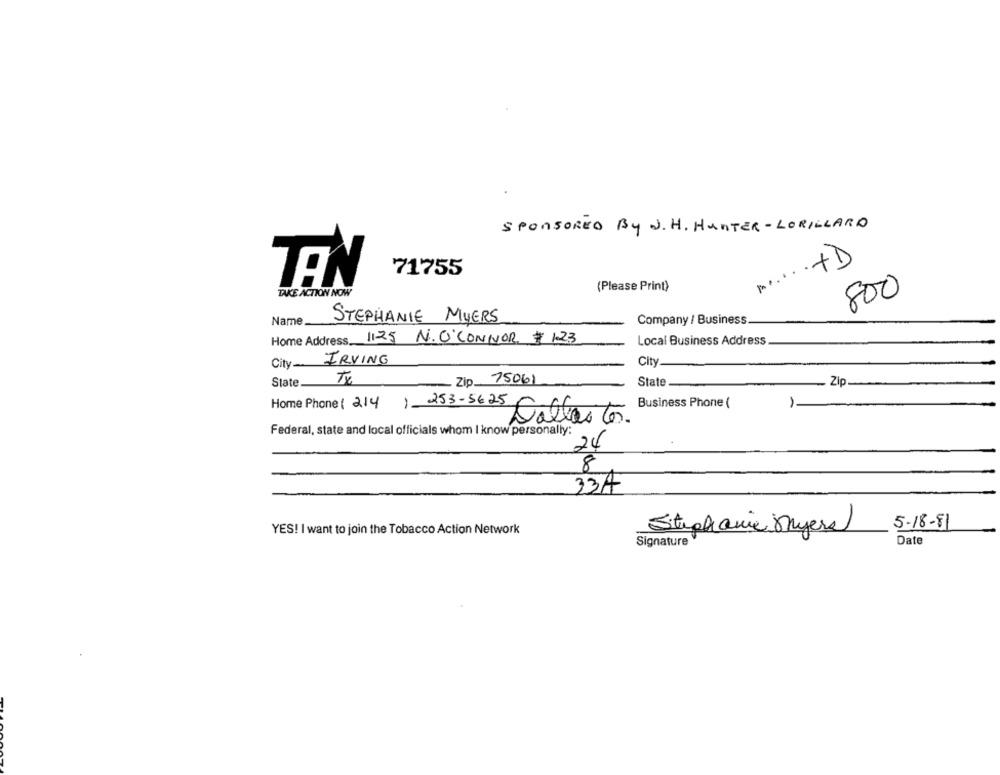
SPONSORED BY J. H. HUNTER-LORILLARD
...... +D
71755
TEN
(Please Print)
TAKE ACTION NOW
800
STEPHANIE MYERS
Name.
Company / Business
Home Address.
1125 N. O'CONNOR # 123
Local Business Address
City IRVING
City
Tx
Zip 75061
State
State
Zip
Business Phone (
1.
Home Phone ( 214) 253-5625 -6
6
Federal, state and local officials whom I know personally:
24
8
33A
5-18-81
YES! I want to join the Tobacco Action Network
Stephanie Myers
Signature
Date